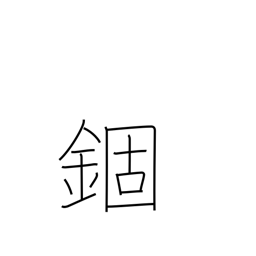
Meaning: confinement